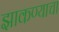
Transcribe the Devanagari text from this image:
झाकण्याचा